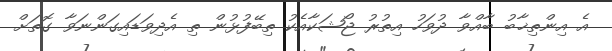
އެ އިންތިޚާބު ބާއްވާ ދުވަހު އިތުރު ޖޯޝަކާއެކު ތިބޭފުޅުން ތި އެދިވަޑައިގަންނަވާ ގޮތަށް